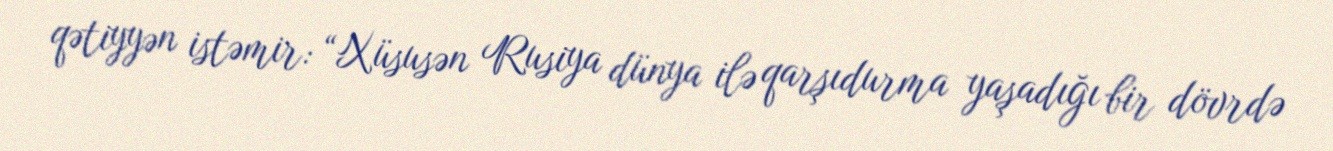
qətiyyən istəmir: “Xüsusən Rusiya dünya ilə qarşıdurma yaşadığı bir dövrdə